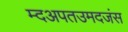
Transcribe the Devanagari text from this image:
म्दअपतउमदजंस